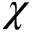
\chi